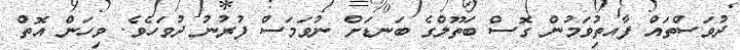
ދުވަސްތައް ފާއތިުވަމުން ގޮސް ބަތޫލްގެ ބަނޑަށް ނުވަމަސް ފުރުނު ދުވަހެވެ. ވިހަން އޮތް